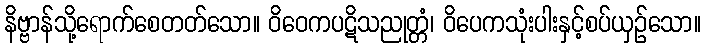
နိဗ္ဗာန်သို့ရောက်စေတတ်သော။ ဝိဝေကပဋိသညုတ္တံ၊ ဝိပေကသုံးပါးနှင့်စပ်ယှဉ်သော။